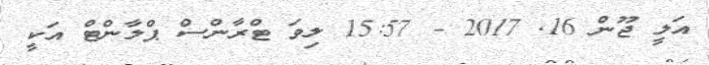
އަލީ ޖޫން 16